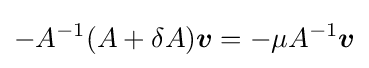
-A^{-1}(A+\delta A){\boldsymbol {v}}=-\mu A^{-1}{\boldsymbol {v}}